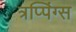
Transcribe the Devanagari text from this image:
त्रप्पिंग्स